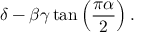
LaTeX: \delta - \beta \gamma \tan \left( { \frac { \pi \alpha } { 2 } } \right) .